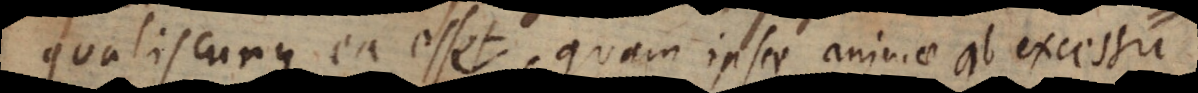
qualiscunque ea esset, quam ipsae animae ab excessu